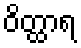
ဝိတ္ထာရ